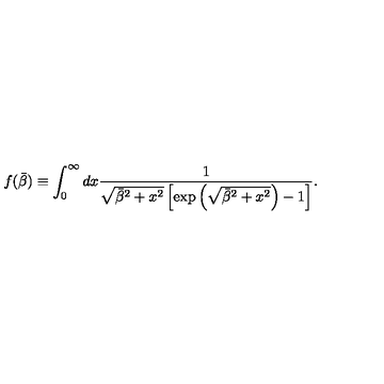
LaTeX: f ( \bar { \beta } ) \equiv \int _ { 0 } ^ { \infty } d x \frac { 1 } { \sqrt { \bar { \beta } ^ { 2 } + x ^ { 2 } } \left[ \exp \left( \sqrt { \bar { \beta } ^ { 2 } + x ^ { 2 } } \right) - 1 \right] } .